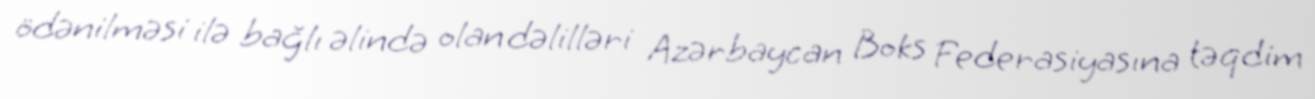
ödənilməsi ilə bağlı əlində olan dəlilləri Azərbaycan Boks Federasiyasına təqdim